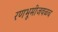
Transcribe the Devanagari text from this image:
रणभूमीजवळच